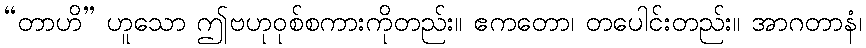
“တာဟိ” ဟူသော ဤဗဟုဝုစ်စကားကိုတည်း။ ဧကတော၊ တပေါင်းတည်း။ အာဂတာနံ၊